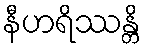
နီဟရိဿန္တိ